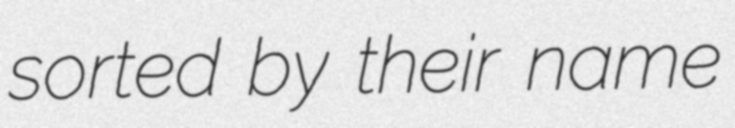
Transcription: sorted by their name